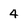
Character: 4